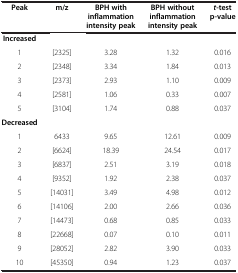
<table><thead><tr><td><b>Peak</b></td><td><b>m/z</b></td><td><b>BPH with inflammation intensity peak</b></td><td><b>BPH without inflammation intensity peak</b></td><td><b><i>t</i>-test p-value</b></td></tr></thead><tbody><tr><td><b>Increased</b></td><td> </td><td> </td><td> </td><td> </td></tr><tr><td>1</td><td>[2325]</td><td>3.28</td><td>1.32</td><td>0.016</td></tr><tr><td>2</td><td>[2348]</td><td>3.34</td><td>1.84</td><td>0.013</td></tr><tr><td>3</td><td>[2373]</td><td>2.93</td><td>1.10</td><td>0.009</td></tr><tr><td>4</td><td>[2581]</td><td>1.06</td><td>0.33</td><td>0.007</td></tr><tr><td>5</td><td>[3104]</td><td>1.74</td><td>0.88</td><td>0.037</td></tr><tr><td><b>Decreased</b></td><td> </td><td> </td><td> </td><td> </td></tr><tr><td>1</td><td>6433</td><td>9.65</td><td>12.61</td><td>0.009</td></tr><tr><td>2</td><td>[6624]</td><td>18.39</td><td>24.54</td><td>0.017</td></tr><tr><td>3</td><td>[6837]</td><td>2.51</td><td>3.19</td><td>0.018</td></tr><tr><td>4</td><td>[9352]</td><td>1.92</td><td>2.38</td><td>0.037</td></tr><tr><td>5</td><td>[14031]</td><td>3.49</td><td>4.98</td><td>0.012</td></tr><tr><td>6</td><td>[14106]</td><td>2.00</td><td>2.66</td><td>0.036</td></tr><tr><td>7</td><td>[14473]</td><td>0.68</td><td>0.85</td><td>0.033</td></tr><tr><td>8</td><td>[22668]</td><td>0.07</td><td>0.10</td><td>0.011</td></tr><tr><td>9</td><td>[28052]</td><td>2.82</td><td>3.90</td><td>0.033</td></tr><tr><td>10</td><td>[45350]</td><td>0.94</td><td>1.23</td><td>0.037</td></tr></tbody></table>